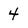
Character: 4